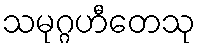
သမုဂ္ဂဟီတေသု